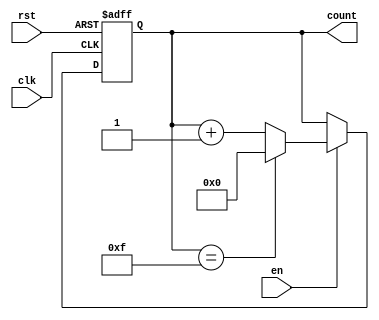
module binary_counter #(
    parameter N = 4  // Define the width of the counter (N bits)
)(
    input wire clk,       // Clock signal
    input wire rst,       // Asynchronous reset signal
    input wire en,        // Enable signal
    output reg [N-1:0] count // N-bit output count
);

// Always block triggered on the rising edge of the clock
always @(posedge clk or posedge rst) begin
    if (rst) begin
        // Reset the counter to 0
        count <= 0;
    end else if (en) begin
        // Increment the counter, wrap around if it reaches the maximum value
        if (count == (1 << N) - 1) begin
            count <= 0; // Wrap around
        end else begin
            count <= count + 1; // Increment
        end
    end
    // If enable is low, the counter retains its current value
end

endmodule